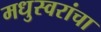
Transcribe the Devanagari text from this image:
मधुस्वरांचा